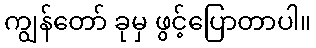
ကျွန်တော် ခုမှ ဖွင့်ပြောတာပါ။